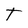
Character: T